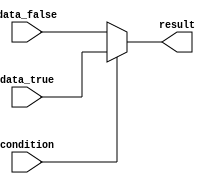
module conditional_assign (
    input wire condition,
    input wire data_true,
    input wire data_false,
    output reg result
);

assign result = (condition) ? data_true : data_false;

endmodule